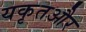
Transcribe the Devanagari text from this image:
यकृतऔर